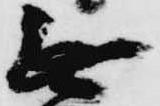
無